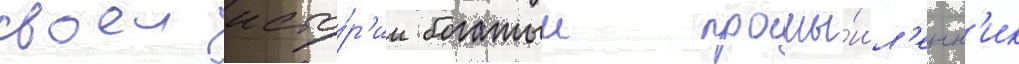
своеи исто́р'ии богатыи промы́шл'енн'ик